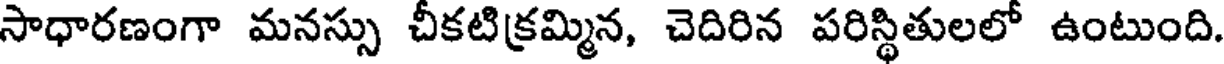
సాధారణంగా మనస్సు చీకటిక్రమ్మిన, చెదిరిన పరిస్థితులలో ఉంటుంది.